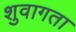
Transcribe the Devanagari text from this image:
शुवागता